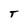
Character: T